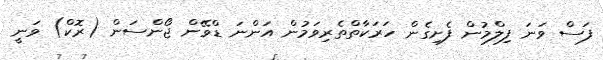
ފަސް ވަނަ ފިލްމުން ފެށިގެން ހަރަކާތްތެރިވަމުން އަންނަ ޑްވޭން ޖޯންސަން (ރޮކް) ވަނީ